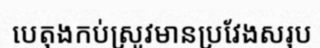
បេតុងកប់ស្រូវមានប្រវែងសរុប